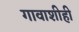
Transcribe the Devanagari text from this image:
गावाशीही